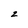
Character: 2